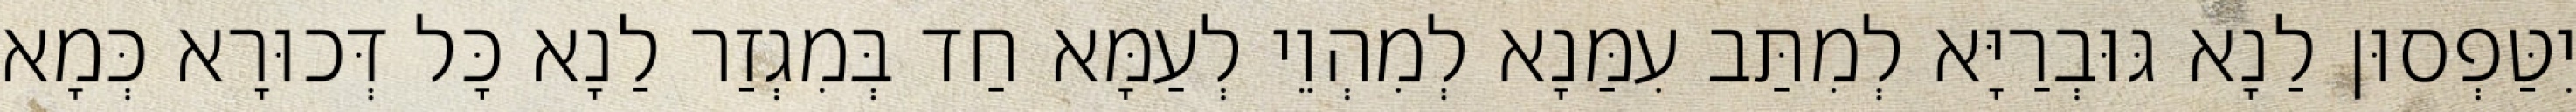
יִטַּפְסוּן לַנָא גּוּבְרַיָּא לְמִתַּב עִמַּנָא לְמִהְוֵי לְעַמָּא חַד בְּמִגְזַר לַנָא כָּל דְּכוּרָא כְּמָא